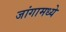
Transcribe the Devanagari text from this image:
जांगामध्ये